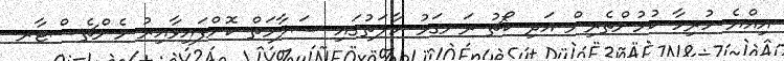
އިއްޔެ ހުރިހާ ކުޅުންތެރިން އަދި ކޯޗު ރަނގަޅު ހާލަތުގައި ސަލާމަތް ކޮށްފައިވާއިރު މެންޗެސްޓާރ